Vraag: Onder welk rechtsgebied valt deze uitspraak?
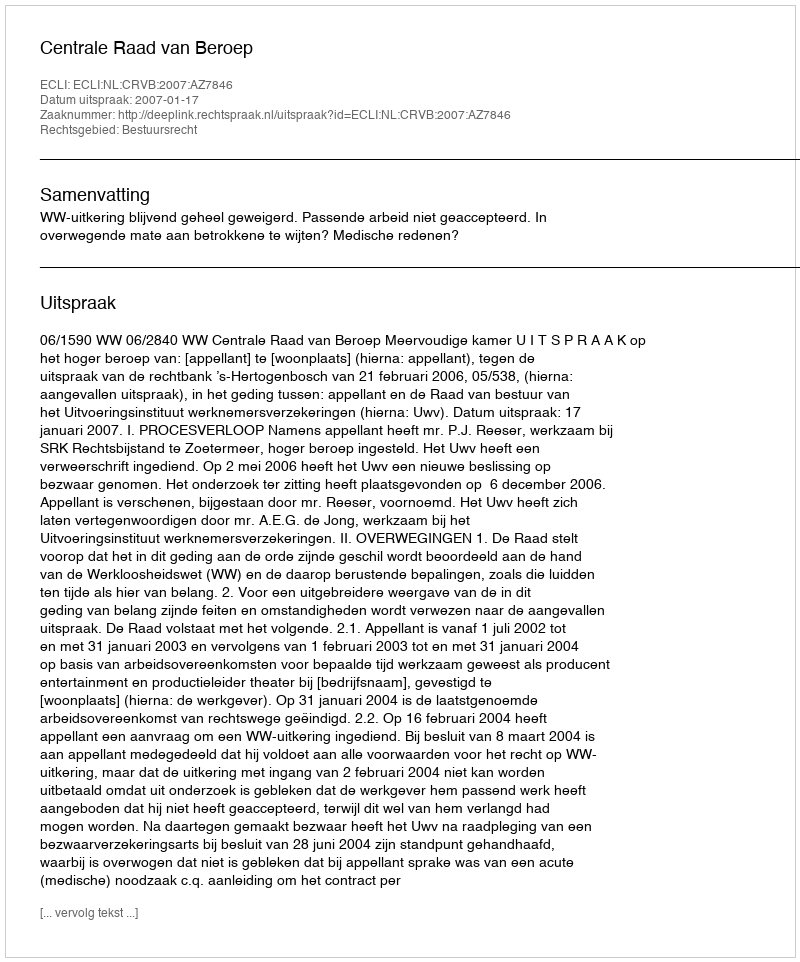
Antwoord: Bestuursrecht